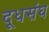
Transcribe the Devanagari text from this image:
दूधसंघ